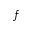
f